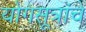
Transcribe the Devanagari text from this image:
योगसूत्रांचे